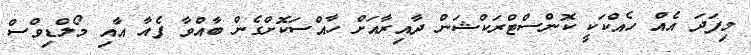
މިފަދަ އެއް ހެއްކަކީ ކޮންސްޓްރަކްޝަން ދާއިރާއަށް ހާއްސަކޮށްގެން ބާއްވާ ފެއާ އާއި މޯލްޑިވްސް